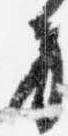
方